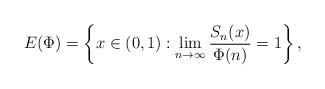
LaTeX: \begin{align*}E(\Phi) = \left\{x\in (0,1): \lim_{n\to\infty} \frac {S_n(x)} {\Phi(n)} =1\right\},\end{align*}